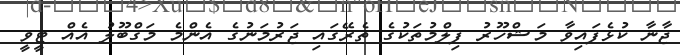
ޖާނާ ކުޅެފައިވާ މަޝްހޫރު ފިލްމުތަކުގެ ތެރޭގައި ޖަރުމަނުގެ އެންމެ މަގްބޫލު އެއް ޓީވީ